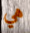
هي